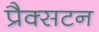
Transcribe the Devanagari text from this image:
प्रैक्सटन